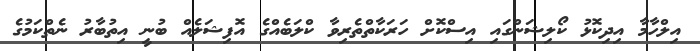
އިލްހާމާ އިދިކޮޅު ކޯލިޝަންގައި އިސްކޮށް ހަރަކާތްތެރިވާ ކްލަބެއްގެ އޮފިޝަލެއް ބުނީ އިތުބާރު ނެތްކަމުގެ